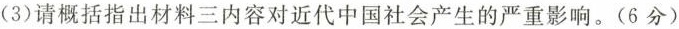
(3)请概括指出材料三内容对近代中国社会产生的严重影响。(6分)